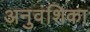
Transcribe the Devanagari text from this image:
अनुवंशिका